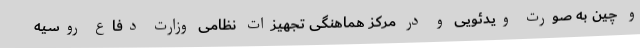
و چین به صورت ویدئویی و در مرکز هماهنگی تجهیزات نظامی وزارت دفاع روسیه